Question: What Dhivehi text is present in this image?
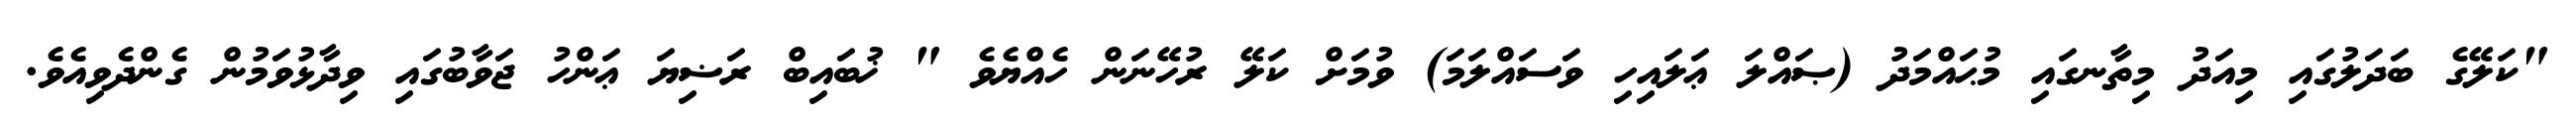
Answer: "ކަލޭގެ ބަދަލުގައި މިއަދު މިތާނގައި މުޙައްމަދު (ޞައްލަ ޢަލައިހި ވަސައްލަމަ) ވުމަށް ކަލޭ ރުހޭނަން ހެއްޔެވެ " ޚުބައިބް ރަޟިޔަ ޢަންހު ޖަވާބުގައި ވިދާޅުވަމުން ގެންދެވިއެވެ.